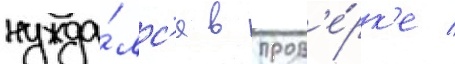
нужда́лс'я в пров'е́рк'е /